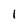
Character: 1